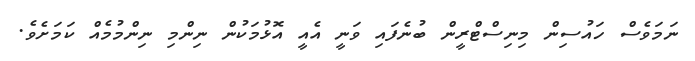
ނަމަވެސް ހައުސިން މިނިސްޓްރީން ބުނެފައި ވަނީ އެއީ އޮޅުމަކުން ނިންމި ނިންމުމެއް ކަމަށެވެ.